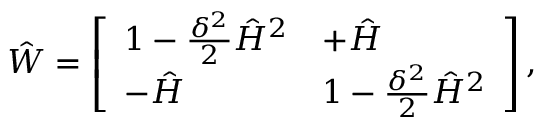
{ \hat { W } } = \left[ \begin{array} { l l } { 1 - \frac { \delta ^ { 2 } } { 2 } \hat { H } ^ { 2 } } & { + \hat { H } } \\ { - \hat { H } } & { 1 - \frac { \delta ^ { 2 } } { 2 } \hat { H } ^ { 2 } } \end{array} \right] ,